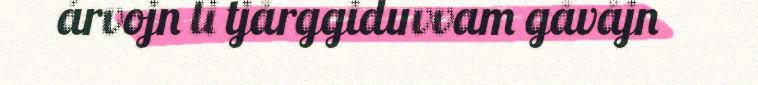
árvojn li tjårggiduvvam gåvåjn